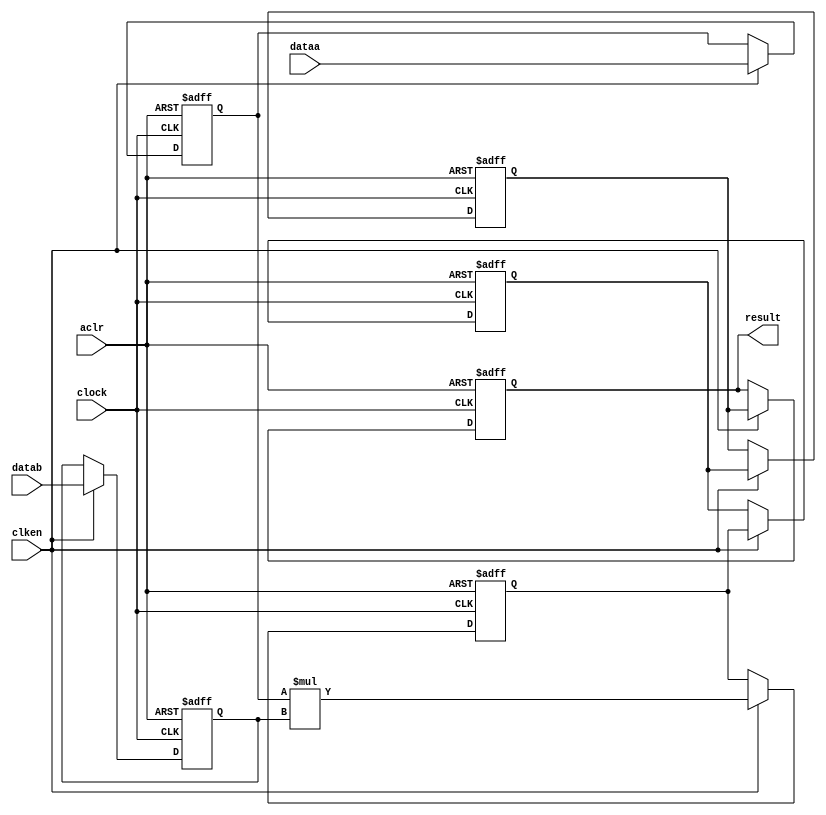
//lpm_mult CBX_DECLARE_ALL_CONNECTED_PORTS="OFF" DEDICATED_MULTIPLIER_CIRCUITRY="YES" DEVICE_FAMILY="Cyclone V" DSP_BLOCK_BALANCING="Auto" LPM_PIPELINE=5 LPM_REPRESENTATION="UNSIGNED" LPM_WIDTHA=8 LPM_WIDTHB=8 LPM_WIDTHP=16 MAXIMIZE_SPEED=5 aclr clken clock dataa datab result CARRY_CHAIN="MANUAL" CARRY_CHAIN_LENGTH=48
//VERSION_BEGIN 18.0 cbx_cycloneii 2018:04:24:18:04:18:SJ cbx_lpm_add_sub 2018:04:24:18:04:18:SJ cbx_lpm_mult 2018:04:24:18:04:18:SJ cbx_mgl 2018:04:24:18:08:49:SJ cbx_nadder 2018:04:24:18:04:18:SJ cbx_padd 2018:04:24:18:04:18:SJ cbx_stratix 2018:04:24:18:04:18:SJ cbx_stratixii 2018:04:24:18:04:18:SJ cbx_util_mgl 2018:04:24:18:04:18:SJ  VERSION_END
// synthesis VERILOG_INPUT_VERSION VERILOG_2001
// altera message_off 10463



// Copyright (C) 2018  Intel Corporation. All rights reserved.
//  Your use of Intel Corporation's design tools, logic functions 
//  and other software and tools, and its AMPP partner logic 
//  functions, and any output files from any of the foregoing 
//  (including device programming or simulation files), and any 
//  associated documentation or information are expressly subject 
//  to the terms and conditions of the Intel Program License 
//  Subscription Agreement, the Intel Quartus Prime License Agreement,
//  the Intel FPGA IP License Agreement, or other applicable license
//  agreement, including, without limitation, that your use is for
//  the sole purpose of programming logic devices manufactured by
//  Intel and sold by Intel or its authorized distributors.  Please
//  refer to the applicable agreement for further details.



//synthesis_resources = 
//synopsys translate_off
`timescale 1 ps / 1 ps
//synopsys translate_on
module  mult_5mt
	( 
	aclr,
	clken,
	clock,
	dataa,
	datab,
	result) /* synthesis synthesis_clearbox=1 */;
	input   aclr;
	input   clken;
	input   clock;
	input   [7:0]  dataa;
	input   [7:0]  datab;
	output   [15:0]  result;
`ifndef ALTERA_RESERVED_QIS
// synopsys translate_off
`endif
	tri0   aclr;
	tri1   clken;
	tri0   clock;
`ifndef ALTERA_RESERVED_QIS
// synopsys translate_on
`endif

	reg  [7:0]  dataa_input_reg;
	reg  [7:0]  datab_input_reg;
	reg  [15:0]  result_output_reg;
	reg  [15:0]  result_extra0_reg;
	reg  [15:0]  result_extra1_reg;
	reg  [15:0]  result_extra2_reg;
	wire [7:0]    dataa_wire;
	wire [7:0]    datab_wire;
	wire [15:0]    result_wire;


	// synopsys translate_off
	initial
		dataa_input_reg = 0;
	// synopsys translate_on
	always @(posedge clock or posedge aclr)
		if (aclr == 1'b1)
			dataa_input_reg <= 8'b0;
		else
			if (clken == 1'b1)
				dataa_input_reg <= dataa;
	// synopsys translate_off
	initial
		datab_input_reg = 0;
	// synopsys translate_on
	always @(posedge clock or posedge aclr)
		if (aclr == 1'b1)
			datab_input_reg <= 8'b0;
		else
			if (clken == 1'b1)
				datab_input_reg <= datab;
	// synopsys translate_off
	initial
		result_output_reg = 0;
	// synopsys translate_on
	always @(posedge clock or posedge aclr)
		if (aclr == 1'b1)
			result_output_reg <= 16'b0;
		else
			if (clken == 1'b1)
				result_output_reg <= result_extra2_reg;
	// synopsys translate_off
	initial
		result_extra0_reg = 0;
	// synopsys translate_on
	always @(posedge clock or posedge aclr)
		if (aclr == 1'b1)
			result_extra0_reg <= 16'b0;
		else
			if (clken == 1'b1)
				result_extra0_reg <= result_wire[15:0];
	// synopsys translate_off
	initial
		result_extra1_reg = 0;
	// synopsys translate_on
	always @(posedge clock or posedge aclr)
		if (aclr == 1'b1)
			result_extra1_reg <= 16'b0;
		else
			if (clken == 1'b1)
				result_extra1_reg <= result_extra0_reg;
	// synopsys translate_off
	initial
		result_extra2_reg = 0;
	// synopsys translate_on
	always @(posedge clock or posedge aclr)
		if (aclr == 1'b1)
			result_extra2_reg <= 16'b0;
		else
			if (clken == 1'b1)
				result_extra2_reg <= result_extra1_reg;

	assign dataa_wire = dataa_input_reg;
	assign datab_wire = datab_input_reg;
	assign result_wire = dataa_wire * datab_wire;
	assign result = ({result_output_reg});

endmodule //mult_5mt
//VALID FILE